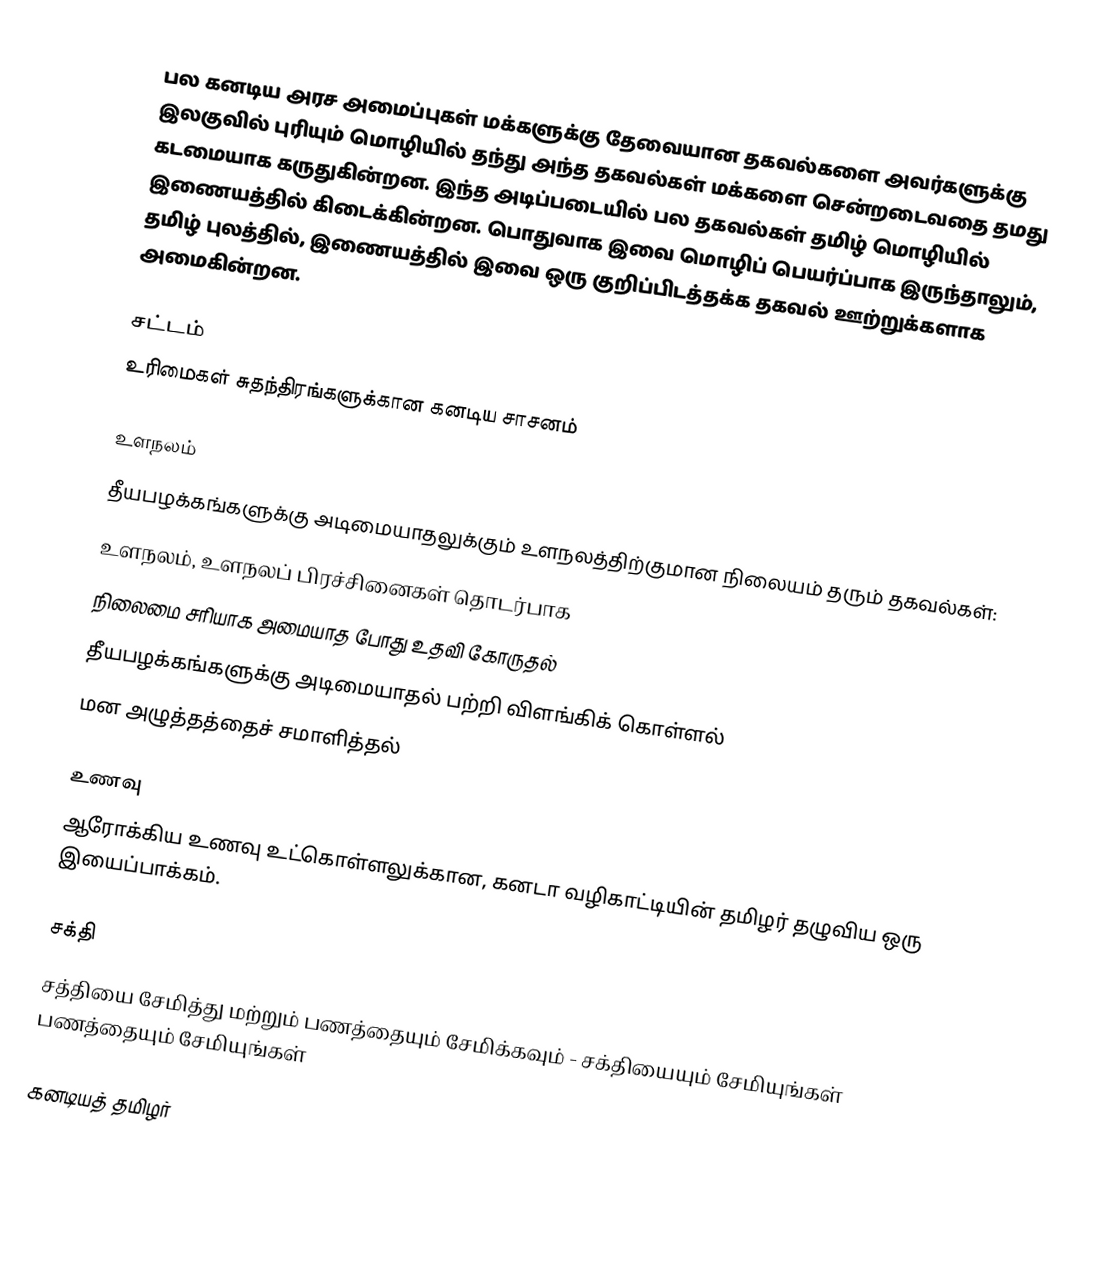
பல கனடிய அரச அமைப்புகள் மக்களுக்கு தேவையான தகவல்களை அவர்களுக்கு இலகுவில் புரியும் மொழியில் தந்து அந்த தகவல்கள் மக்களை சென்றடைவதை தமது கடமையாக கருதுகின்றன. இந்த அடிப்படையில் பல தகவல்கள் தமிழ் மொழியில் இணையத்தில் கிடைக்கின்றன.  பொதுவாக இவை மொழிப் பெயர்ப்பாக இருந்தாலும், தமிழ் புலத்தில், இணையத்தில் இவை ஒரு குறிப்பிடத்தக்க தகவல் ஊற்றுக்களாக அமைகின்றன.

சட்டம்
 உரிமைகள் சுதந்திரங்களுக்கான கனடிய சாசனம்

உளநலம்
தீயபழக்கங்களுக்கு அடிமையாதலுக்கும் உளநலத்திற்குமான நிலையம் தரும் தகவல்கள்:
உளநலம், உளநலப் பிரச்சினைகள் தொடர்பாக
நிலைமை சரியாக அமையாத போது உதவி கோருதல்
 தீயபழக்கங்களுக்கு அடிமையாதல் பற்றி விளங்கிக் கொள்ளல்
மன அழுத்தத்தைச் சமாளித்தல்

உணவு
 ஆரோக்கிய உணவு உட்கொள்ளலுக்கான, கனடா வழிகாட்டியின் தமிழர் தழுவிய ஒரு இயைப்பாக்கம்.

சக்தி
 சத்தியை சேமித்து மற்றும் பணத்தையும் சேமிக்கவும் - சக்தியையும் சேமியுங்கள் பணத்தையும் சேமியுங்கள்

கனடியத் தமிழர்